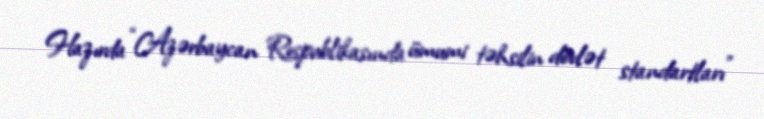
Hazırda “Azərbaycan Respublikasında ümumi təhsilin dövlət standartları”